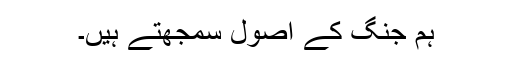
ہم جنگ کے اصول سمجھتے ہیں۔